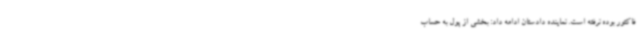
فاکتور بوده نرفته است. نماینده دادستان ادامه داد: بخشی از پول به حساب